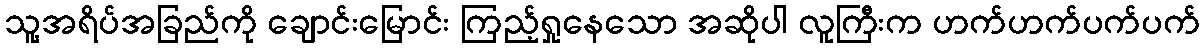
သူ့အရိပ်အခြည်ကို ချောင်းမြောင်း ကြည့်ရှုနေသော အဆိုပါ လူကြီးက ဟက်ဟက်ပက်ပက်